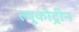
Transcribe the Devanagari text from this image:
ल्यूकोट्रीन